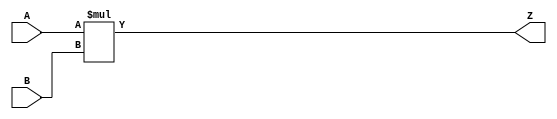
/***
* This code is a part of EvoApproxLib library (ehw.fit.vutbr.cz/approxlib) distributed under The MIT License.
* When used, please cite the following article(s): PRABAKARAN B. S., MRAZEK V., VASICEK Z., SEKANINA L., SHAFIQUE M. ApproxFPGAs: Embracing ASIC-based Approximate Arithmetic Components for FPGA-Based Systems. DAC 2020. 
***/
// MAE% = 0.00 %
// MAE = 0 
// WCE% = 0.00 %
// WCE = 0 
// WCRE% = 0.00 %
// EP% = 0.00 %
// MRE% = 0.00 %
// MSE = 0 
// FPGA_POWER = 1.9
// FPGA_DELAY = 12
// FPGA_LUT = 161



module mul12u_34M(
	A, 
	B,
	Z
);

input [12-1:0] A;
input [12-1:0] B;
output [2*12-1:0] Z;

wire [2*(12-0)-1:0] tmpZ;
assign tmpZ = A[12-1:0] * B[12-1:0];
assign Z = tmpZ;
endmodule